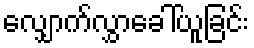
လျှောက်လွှာခေါ်ယူခြင်း